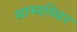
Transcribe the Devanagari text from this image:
साम्यस्थिर